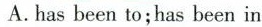
A. has been to;has been in